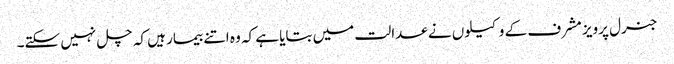
جنرل پرویز مشرف کے وکیلوں نے عدالت میں بتایا ہے کہ وہ اتنے بیمار ہیں کہ چل نہیں سکتے۔